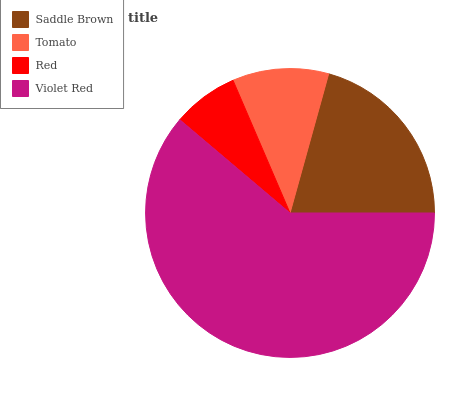
| Saddle Brown | Tomato | Red | Violet Red |
 | --- | --- | --- | --- |
 | 20.7% | 10.8% | 7.37% | 61.2% |